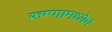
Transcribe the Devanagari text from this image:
रुग्णामध्येच